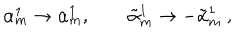
\alpha _ { m } ^ { 1 } \to \alpha _ { m } ^ { 1 } , \qquad \tilde { \alpha } _ { m } ^ { 1 } \to - \tilde { \alpha } _ { m } ^ { 1 } \ ,